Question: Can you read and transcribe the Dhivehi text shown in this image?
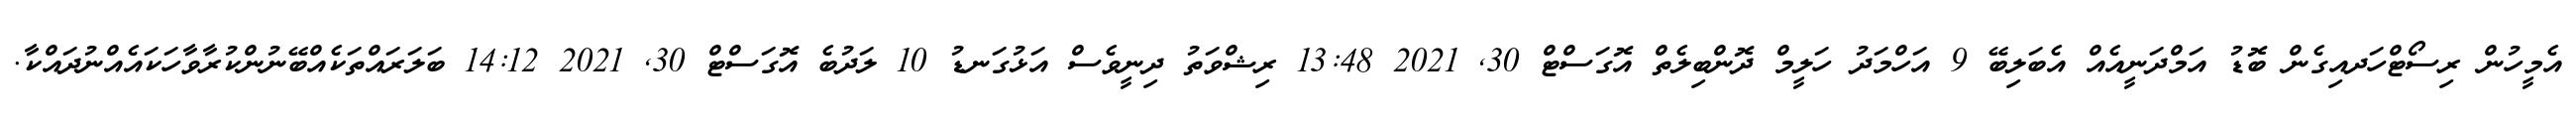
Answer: އެމީހުން ރިސޯޓްހަދއިގެން ބޮޑު އަމްދަނީއެއް އެބަލިބޭ 9 އަހްމަދު ހަލީމް ދޮންބިލެތް އޮގަސްޓް 30, 2021 13:48 ރިޝްވަތު ދިނީވެސް އަޅުގަނޑު 10 ލަދުބެ އޮގަސްޓް 30, 2021 14:12 ބަލަރައްތަކެއްބޭނުންކުރާވާހަކައެއްނުދައްކާ.